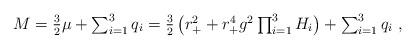
LaTeX: \begin{align*}M=\textstyle{3\over 2} \mu +\sum_{i=1}^3q_i=\textstyle{3\over 2}\left(r_+^2+r_+^4g^2\prod_{i=1}^3H_i\right)+\sum_{i=1}^3q_i \ , \end{align*}